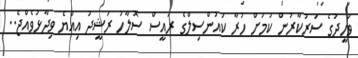
ވަހީދުގެ ސަރުކާރުން ކަމަށް ހުރާ ކައުންސިލްގެ ރައީސް ސޮލާހު ރަޝީދު އިއްޔެ ވިދާޅުވެއްޖެ..